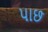
પાછ